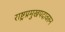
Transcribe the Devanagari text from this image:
राष्ट्रप्रमुखपदावरुन